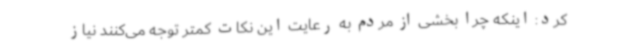
کرد: اینکه چرا بخشی از مردم به رعایت این نکات کمتر توجه می‌کنند نیاز